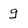
Character: g